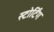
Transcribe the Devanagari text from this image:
स्टोर्टिंग